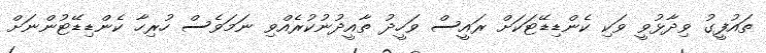
ތައުފީގު ވިދާޅުވީ ވަކި ކެންޑިޑޭޓަކަށް ރައީސް ވަހީދު ތާއީދުނުކުރެއްވި ނަމަވެސް ހުރިހާ ކެންޑިޑޭޓުންނަށް